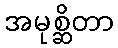
အမုစ္ဆိတာ